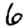
Digit: 6